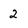
Character: 2